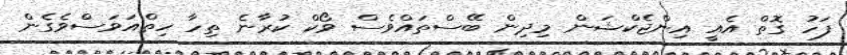
ފަހު ގޮތް އެއީ އިންޖެކްޝަން މިދިން ބޭސްތައްވެސް ވޯކް ކުރާނެ ތިހާ ހިތްއަވަސްވެގެން